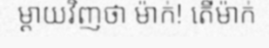
ម្តាយវិញថា ម៉ាក់! តើម៉ាក់